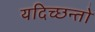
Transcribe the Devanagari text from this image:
यदिच्छन्तो